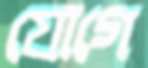
যোগে